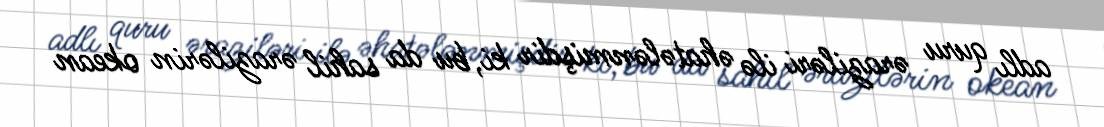
adlı quru əraziləri ilə əhatələnmişdir ki, bu da sahil ərazilərin okean